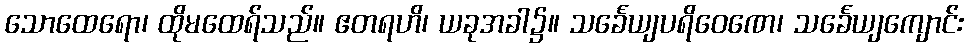
သောထေရော၊ ထိုမထေရ်သည်။ ဧတရဟိ၊ ယခုအခါ၌။ သင်္ခေယျပရိဝေဏေ၊ သင်္ခေယျကျောင်း